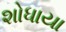
શોધાયા